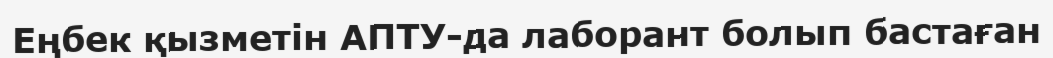
Еңбек қызметін АПТУ-да лаборант болып бастаған